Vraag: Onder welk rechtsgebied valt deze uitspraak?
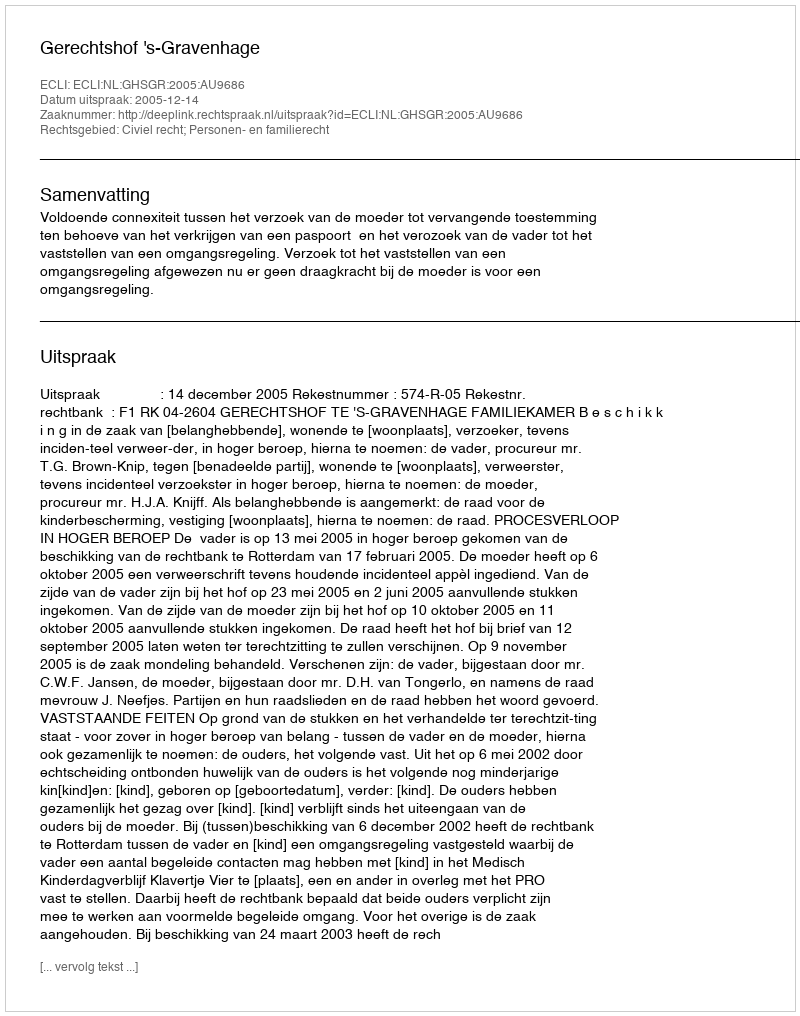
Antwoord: Civiel recht; Personen- en familierecht